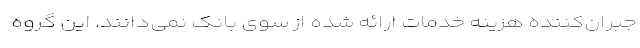
جبران‌کننده هزینه خدمات ارائه شده از سوی بانک نمی‌دانند. این گروه